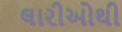
લારીઓથી